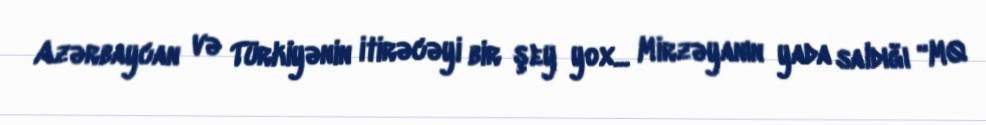
Azərbaycan və Türkiyənin itirəcəyi bir şey yox... Mirzəyanın yada saldığı “MQ